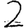
Digit: 2